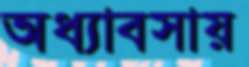
অধ্যাবসায়